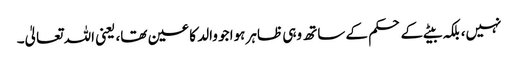
نہیں، بلکہ بیٹے کے حکم کے ساتھ وہی ظاہر ہوا جو والد کا عین تھا، یعنی اللہ تعالیٰ۔